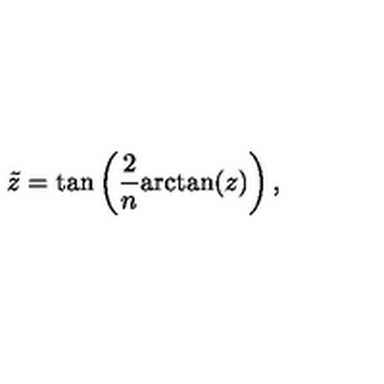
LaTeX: \tilde { z } = \tan \left( \frac { 2 } { n } \mathrm { a r c t a n } ( z ) \right) ,